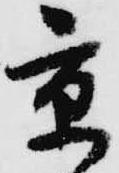
京